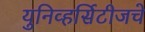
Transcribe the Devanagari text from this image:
युनिव्हर्सिटीजचे